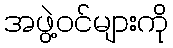
အဖွဲ့ဝင်များကို